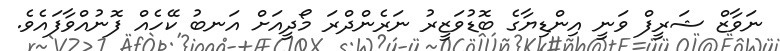
ނަވާޒް ޝަރީފް ވަނީ އިންޑިޔާގެ ބޮޑުވަޒީރު ނަރެންދްރަ މޯދީއަަށް އަނބު ކޭހެއް ފޮނުއްވާފައެވެ.